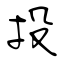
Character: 投